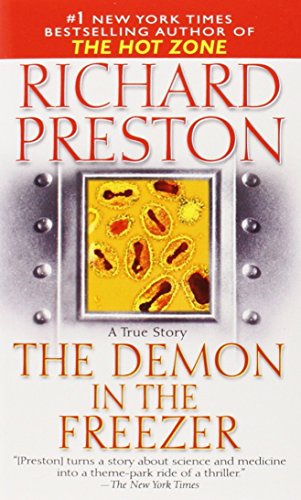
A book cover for The Demon in the Freezer: A True Story; Richard Preston; History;